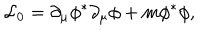
LaTeX: { \cal L } _ { 0 } = \partial _ { \mu } \phi ^ { \ast } \partial _ { \mu } \phi + m \phi ^ { \ast } \phi ,